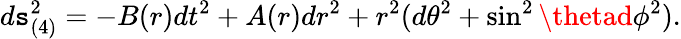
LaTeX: d\mathtt{s}_{(4)}^{2}=-B(r)dt^{2}+A(r)dr^{2}+r^{2}(d\theta^{2}+\sin^{2}\thetad\phi^{2}).